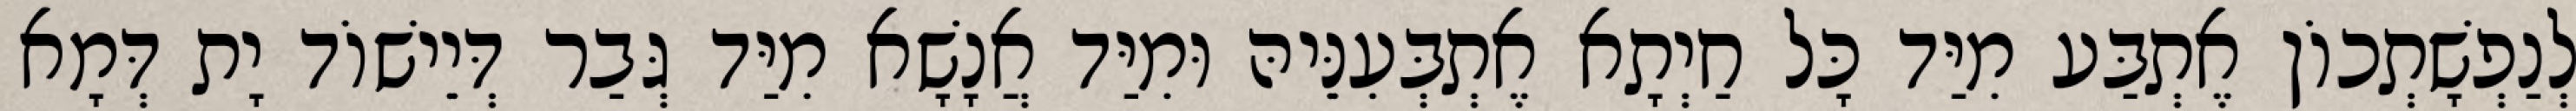
לְנַפְשָׁתְכוֹן אֶתְבַּע מִיַּד כָּל חַיְתָא אֶתְבְּעִנֵּיהּ וּמִיַּד אֲנָשָׁא מִיַּד גְּבַר דְּיֵישׁוֹד יָת דְּמָא